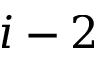
i - 2